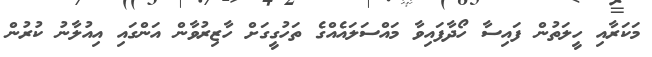
މަކަރާއި ހީލަތުން ފައިސާ ހޯދާފައިވާ މައްސަލައެއްގެ ތަހުގީގަށް ހާޒިރުވާން އަންގައި އިއުލާނު ކުރުން